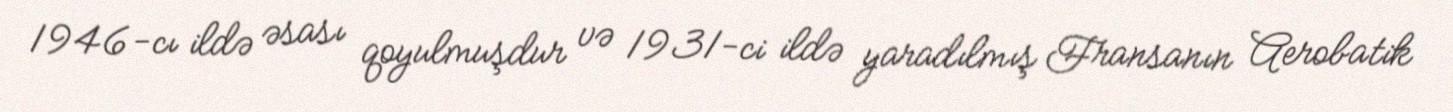
1946-cı ildə əsası qoyulmuşdur və 1931-ci ildə yaradılmış Fransanın Aerobatik